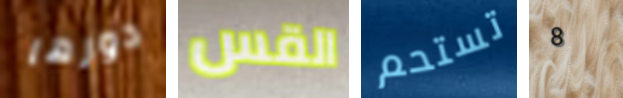
دورها القس تستحم 8